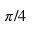
\pi / 4